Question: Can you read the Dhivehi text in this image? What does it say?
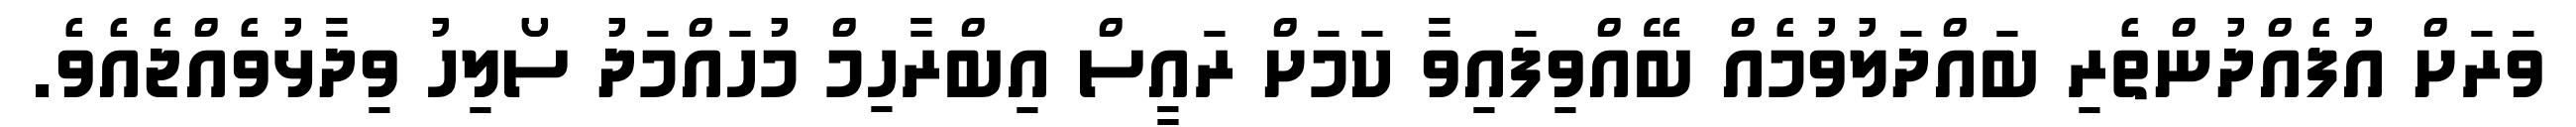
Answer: ވަރަށް އުފެއްދުންތެރި ބައްދަލުވުމެއް ބޭއްވިފައިވާ ކަމަށް ރައީސް އިބްރާހިމް މުހައްމަދު ސޯލިހު ވިދާޅުވެއްޖެއެވެ.